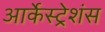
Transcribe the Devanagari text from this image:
आर्केस्ट्रेशंस